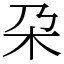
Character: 朶